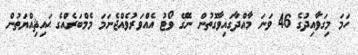
ހަމަ މިގަވާއިދުގެ 46 ވަނަ މާއްދާގައިވާގޮތުން ނެގޭ ވޯޓު އެއްވަރުވެއްޖެނަމަ މެމްބަރެއްގެ ޙައިޘިއްޔަތުން